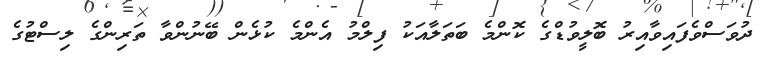
ދުވަސްވެފައިވާއިރު ބޮލީވުޑްގެ ކޮންމެ ބަތަލާއަކު ފިލްމު އެންމެ ކުޅެން ބޭނުންވާ ތަރިންގެ ލިސްޓުގެ